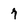
Character: 7